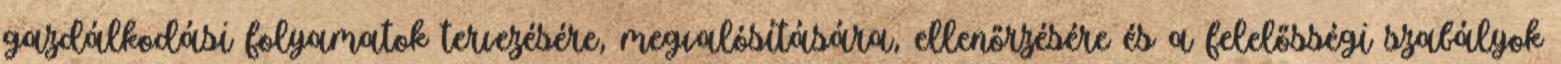
gazdálkodási folyamatok tervezésére, megvalósítására, ellenőrzésére és a felelősségi szabályok